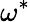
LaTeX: \omega^{\ast}